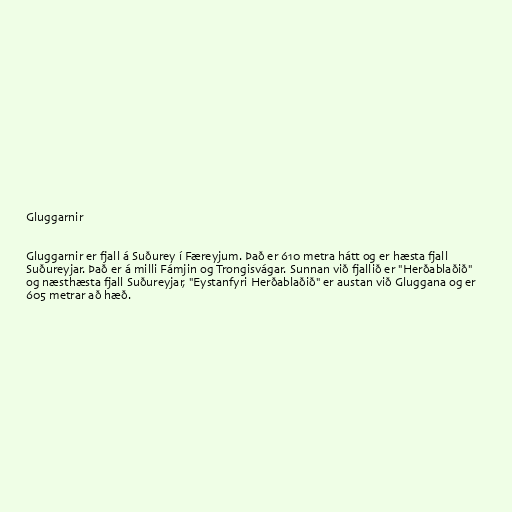
Gluggarnir

Gluggarnir er fjall á Suðurey í Færeyjum. Það er 610 metra hátt og er hæsta fjall
Suðureyjar. Það er á milli Fámjin og Trongisvágar. Sunnan við fjallið er "Herðablaðið"
og næsthæsta fjall Suðureyjar, "Eystanfyri Herðablaðið" er austan við Gluggana og er
605 metrar að hæð.